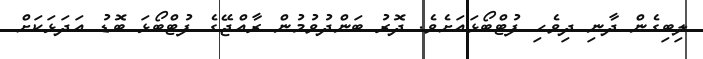
ލިބިގެން ދާނި ދިވެހި ފުޓްބޯޅައަށެވެ. ދޮރު ބަންދުވުމުން ރާއްޖޭގެ ފުޓްބޯޅަ ބޮޑު އަދަޅަކަށް